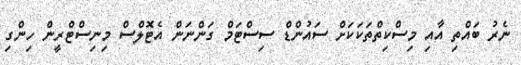
ނެރު ބައްތި އާއި މިސްކިތްތަކަކަށް ސައުންޑް ސިސްޓަމް ގަންނަން އެޓޮލްސް މިނިސްޓްރީން ހިންގި